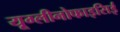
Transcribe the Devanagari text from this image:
यूग्लीनोफाइसिई